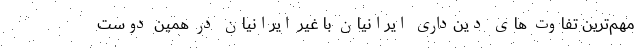
مهم‌ترین تفاوت های دین‌داری ایرانیان با غیر ایرانیان در همین دوست